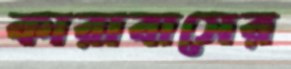
কারাবাসের